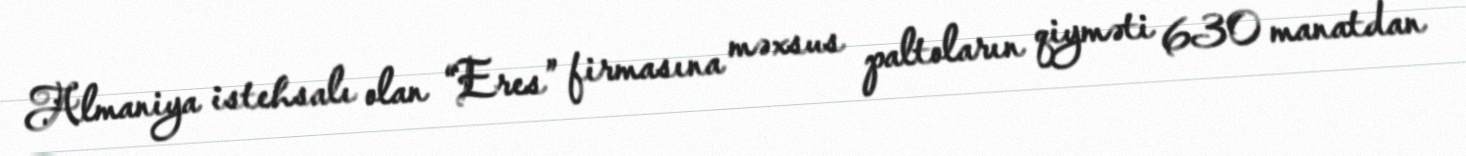
Almaniya istehsalı olan “Eres” firmasına məxsus paltoların qiyməti 630 manatdan